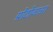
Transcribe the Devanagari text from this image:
प्रोटोजाआ